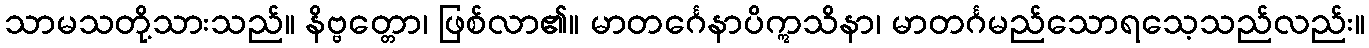
သာမသတို့သားသည်။ နိဗ္ဗတ္တော၊ ဖြစ်လာ၏။ မာတင်္ဂေနာပိဣသိနာ၊ မာတင်္ဂမည်သောရသေ့သည်လည်း။